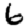
Digit: 6